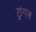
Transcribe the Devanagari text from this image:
ट्रांगल